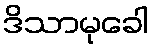
ဒိသာမုခေါ